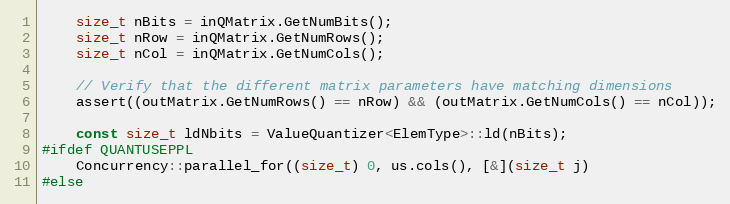
Language: C++
    size_t nBits = inQMatrix.GetNumBits();
    size_t nRow = inQMatrix.GetNumRows();
    size_t nCol = inQMatrix.GetNumCols();

    // Verify that the different matrix parameters have matching dimensions
    assert((outMatrix.GetNumRows() == nRow) && (outMatrix.GetNumCols() == nCol));

    const size_t ldNbits = ValueQuantizer<ElemType>::ld(nBits);
#ifdef QUANTUSEPPL
    Concurrency::parallel_for((size_t) 0, us.cols(), [&](size_t j)
#else